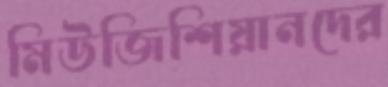
মিউজিশিয়ানদের